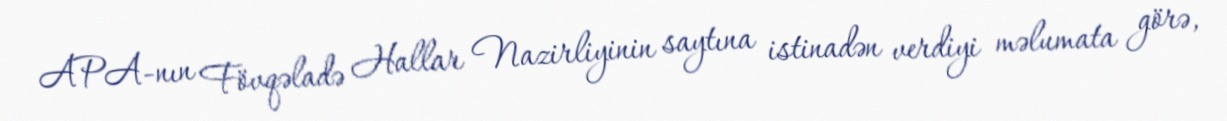
APA-nın Fövqəladə Hallar Nazirliyinin saytına istinadən verdiyi məlumata görə,